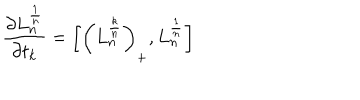
{ \frac { \partial L _ { n } ^ { \frac { 1 } { n } } } { \partial t _ { k } } } = \left[ \left( L _ { n } ^ { \frac { k } { n } } \right) _ { + } , L _ { n } ^ { \frac { 1 } { n } } \right]